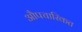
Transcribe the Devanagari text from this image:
औपचारिकत